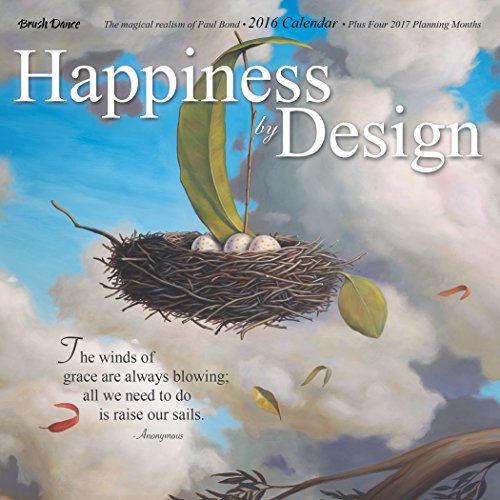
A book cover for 2016 Happiness by Design Mini Calendar; Brush Dance and Paul Bond; Calendars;